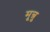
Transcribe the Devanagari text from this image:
मून्रु